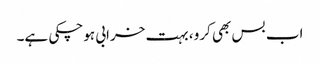
اب بس بھی کرو، بہت خرابی ہوچکی ہے۔